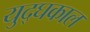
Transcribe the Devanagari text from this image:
युद्घकाल